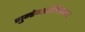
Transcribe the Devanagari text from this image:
गुन्हेगारीविषयक